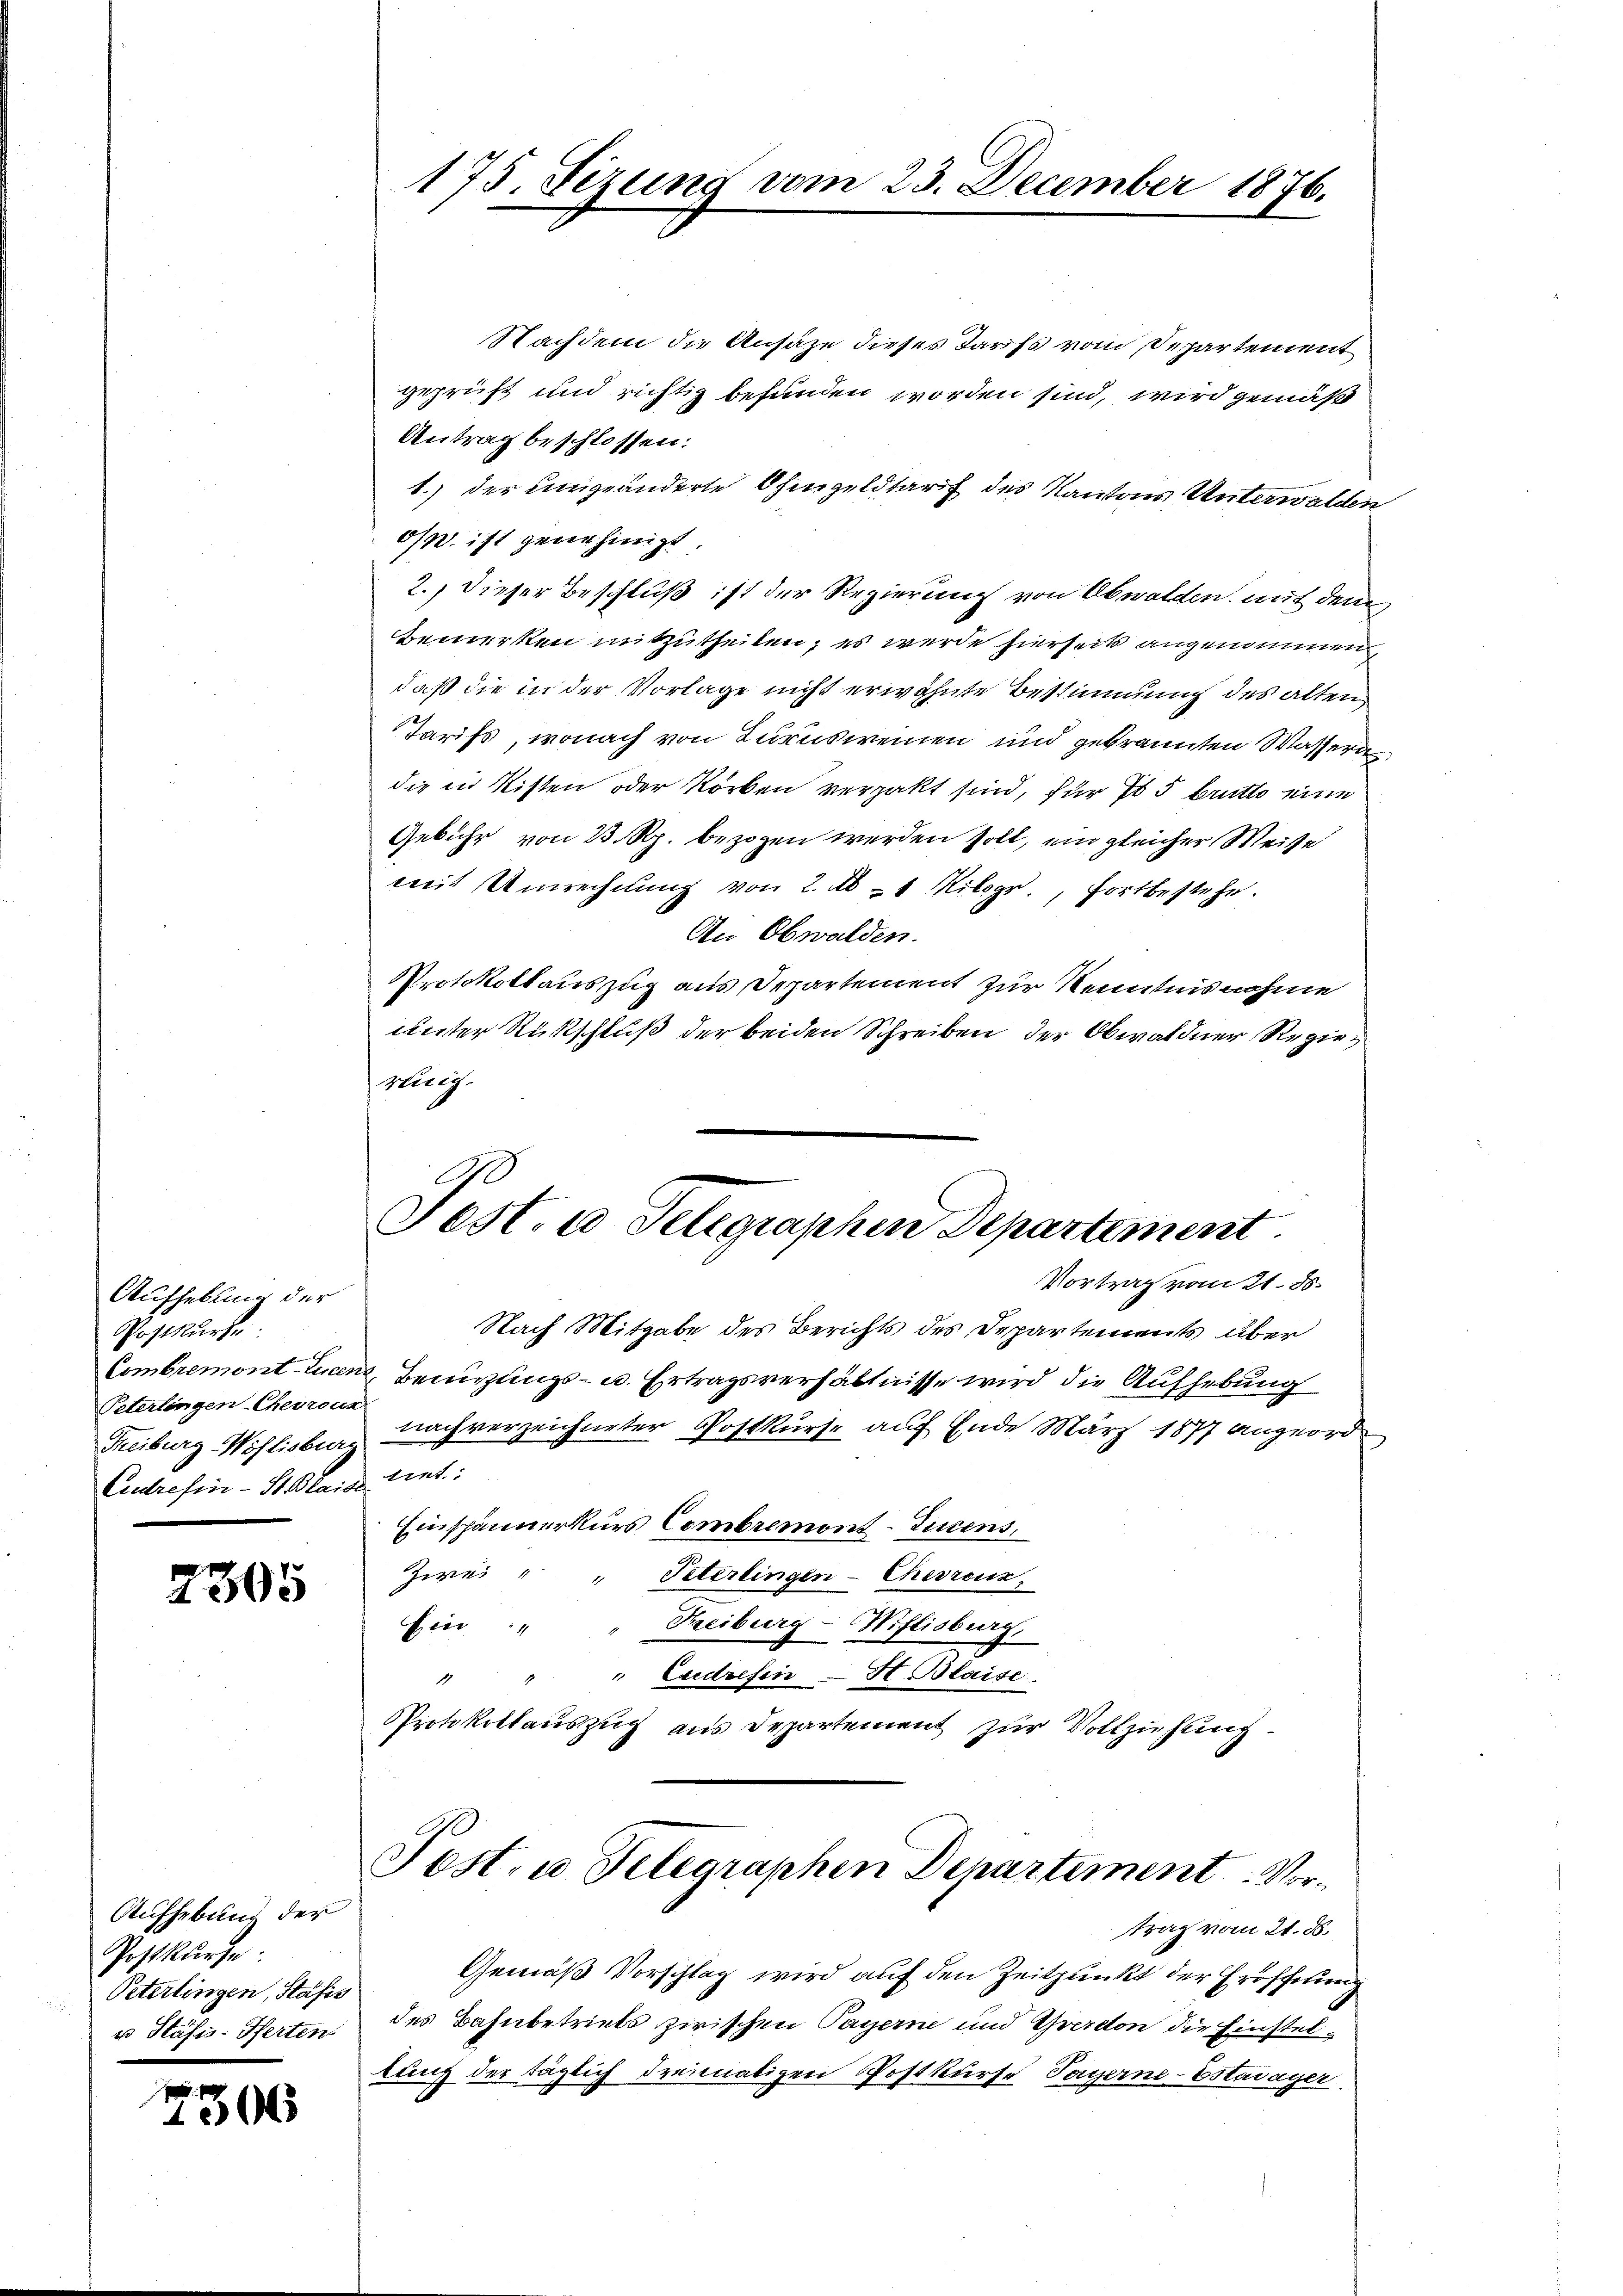
Aufhebung der
Postkurse
Combremont-Licen
Peterlingen-Cherreur
Treiburg, Wohlisburg
Eudrefin-St. Blaibe

M

2305

Aufhebung der
Postkurse
Peterlingen, Stafis
u Stäfis-Pferten:

306

175. Fezung vom 23. December 1876.

Nachdem die Ansäze dieses Tarifs vom Departement
geprüft und richtig befunden worden sind, wird gemäß
Antrag beschlossen:
1.) der umgeänderte Ohmgeldtarf des Kantons Unterwalden
o. ist genehmigt.
2.) Dieser Beschluß ist der Regierung von Obwalden mit dem
Bemerken mitzutheilen; es werde hierseits angenommen
daß die in der Vorlage nicht erwähnte Bestimmung des alten
Tarifs, wonach von Turnsweinen und gebrannten Wasseru
die in Kisten oder Storben verpakt sind, für 10 5 Brutto eine
Gebühr von 33 Rp. bezogen werden soll, ein gleicher Weise
mit Unrechnung von 2. Ab 1 Kilogr., fortbestehe.
An Obwalden.
Protokollauszug aus Departement zur Kenntnisnahme
unter Rückschluß der beiden Schreiben der Obwaldner Regiegeizig.
Fest. a Telegraphen Departement
Vortrag von 21. 88.
Nach Mitgabe des Berichts des Departements über
 Benutzungs- u. Ertragsverhältnisse wird die Aufhebung
nach verzeichneter Postkurse auf Ende März 1877 angeordtrnt.
Einspännerkurs Combremont-Tucens,
Zwei " " Peterlingen-Chevroux,
Freiburg-Niflisburg,
Ein
" Eudresen - St. Blaise.
E
Protokollauszug aus Departement zur Vollziehung

trag vom 21. ds.
Gemäß Vorschlag wird auf den Zeitpunkt der Eröffnung
des Bahnbetriebs zwischen Payerne und Yverdon die Einsteltung der täglich dreimaligen Postkurse Payerne-Estavayer

Post, u. Telegraphen Departement Vor¬